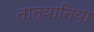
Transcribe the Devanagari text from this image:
तात्यानिया